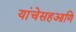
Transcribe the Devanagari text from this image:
यांचेसहआणि